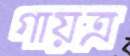
গায়ত্র